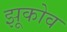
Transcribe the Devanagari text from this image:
झूकोव